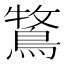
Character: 𮬾